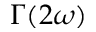
\Gamma ( 2 \omega )